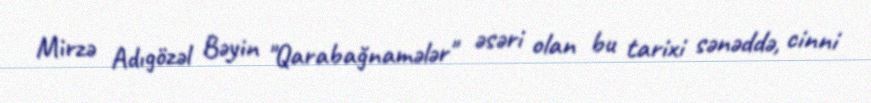
Mirzə Adıgözəl Bəyin "Qarabağnamələr" əsəri olan bu tarixi sənəddə, cinni